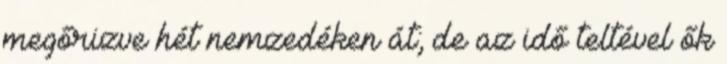
megőrizve hét nemzedéken át; de az idő teltével ők